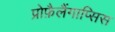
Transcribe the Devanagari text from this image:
प्रोफ़ैलैंगाप्सिस